Report on vaccination in the Province of Bengal - 1869-1873
Year: 1869
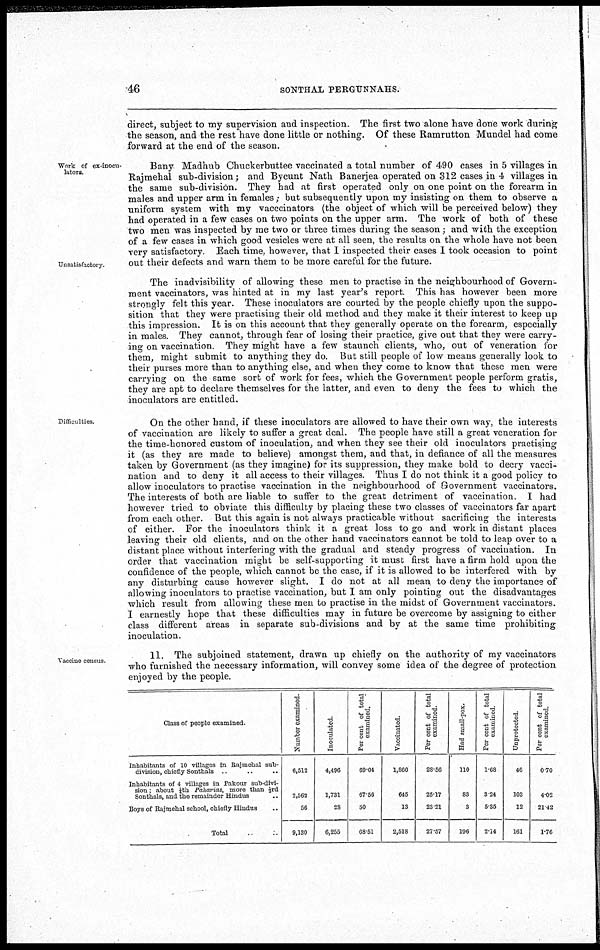
46
SONTHAL PERGUNNAHS.
direct, subject to my supervision and inspection. The first two alone have done work during
the season, and the rest have done little or nothing. Of these Ramrutton Mundel had come
forward at the end of the season.
Work of ex-inocu¬
lators.
Unsatisfactory
Bany Madhub Chuckerbuttee vaccinated a total number of 490 cases in 5 villages in
Rajmehal sub-division; and Bycunt Nath Banerjea operated on 312 cases in 4 villages in
the same sub-division. They had at first operated only on one point on the forearm in
males and upper arm in females; but subsequently upon my insisting on them to observe a
uniform system with my vacccinators (the object of which will be perceived below) they
had operated in a few cases on two points on the upper arm. The work of both of these
two men was inspected by me two or three times during the season; and with the exception
of a few cases in which good vesicles were at all seen, the results on the whole have not been
very satisfactory. Each time, however, that I inspected their cases I took occasion to point
out their defects and warn them to be more careful for the future.
The inadvisibility of allowing these men to practise in the neighbourhood of Govern-
ment vaccinators, was hinted at in my last year's report. This has however been more
strongly felt this year. These inoculators are courted by the people chiefly upon the suppo-
sition that they were practising their old method and they make it their interest to keep up
this impression. It is on this account that they generally operate on the forearm, especially
in males. They cannot, through fear of losing their practice, give out that they were carry-
ing on vaccination. They might have a few staunch clients, who, out of veneration for
them, might submit to anything they do. But still people of low means generally look to
their purses more than to anything else, and when they come to know that these men were
carrying on the same sort of work for fees, which the Government people perform gratis,
they are apt to declare themselves for the latter, and even to deny the fees to which the
inoculators are entitled.
Difficulties.
On the other hand, if these inoculators are allowed to have their own way, the interests
of vaccination are likely to suffer a great deal. The people have still a great veneration for
the time-honored custom of inoculation, and when they see their old inoculators practising
it (as they are made to believe) amongst them, and that, in defiance of all the measures
taken by Government (as they imagine) for its suppression, they make bold to decry vacci-
nation and to deny it all access to their villages. Thus I do not think it a good policy to
allow inoculators to practise vaccination in the neighbourhood of Government vaccinators.
The interests of both are liable to suffer to the great detriment of vaccination. I had
however tried to obviate this difficulty by placing these two classes of vaccinators far apart
from each other. But this again is not always practicable without sacrificing the interests
of either. For the inoculators think it a great loss to go and work in distant places
leaving their old clients, and on the other hand vaccinators cannot be told to leap over to a
distant place without interfering with the gradual and steady progress of vaccination. In
order that vaccination might be self-supporting it must first have a firm hold upon the
confidence of the people, which cannot be the case, if it is allowed to be interfered with by
any disturbing cause however slight. I do not at all mean to deny the importance of
allowing inoculators to practise vaccination, but I am only pointing out the disadvantages
which result from allowing these men to practise in the midst of Government vaccinators.
I earnestly hope that these difficulties may in future be overcome by assigning to either
class different areas in separate sub-divisions and by at the same time prohibiting
inoculation.
Vaccine census
11. The subjoined statement, drawn up chiefly on the authority of my vaccinators
who furnished the necessary information, will convey some idea of the degree of protection
enjoyed by the people.
Class of people examined
Inhabitants of 10 villages in Rajmehal sub-
division, chiefly Sonthals ... ... ...
Inhabitants of 4 villages in Pakour sub-divi-
sion ; about ¼th Paharias, more than 1/3rd
Sonthals, and the remainder Hindus ...
Boys of Rajmehal school, chiefly Hindus ...
Total ...
Number examined.
6,512
2,562
56
9,130
Inoculated
4,496
1,731
28
6,255
Per cent of total
examined.
69.04
67.56
50
68.51
Vaccinated.
1,860
645
13
2,518
Per cent of total
examined.
28.56
25.17
23.21
27.57
Had small-pox.
110
83
3
196
Per cent of total
examined
1.68
3.24
5.35
2.14
Unprotected
46
103
12
161
Per cent of total
examined.
0.70
4.02
21.42
1.76